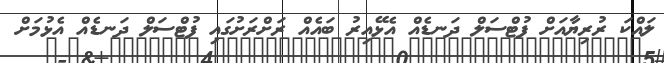
ލައްކަ ރުރިޔާއަށް ފުޓްސަލް ދަނޑެއް އެޅޭއިރު ބައެއް ރަށްރަށުގައި ފުޓްސަލް ދަނޑެއް އެޅުމަށް